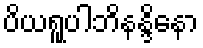
ပိယရူပါဘိနန္ဒိနော